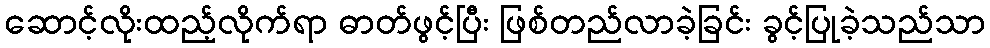
ဆောင့်လိုးထည့်လိုက်ရာ ဓာတ်ဖွင့်ပြီး ဖြစ်တည်လာခဲ့ခြင်း ခွင့်ပြုခဲ့သည်သာ